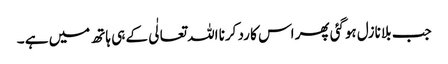
جب بلا نازل ہوگئی پھر اس کا رد کرنا اللہ تعالٰی کے ہی ہاتھ میں ہے ۔